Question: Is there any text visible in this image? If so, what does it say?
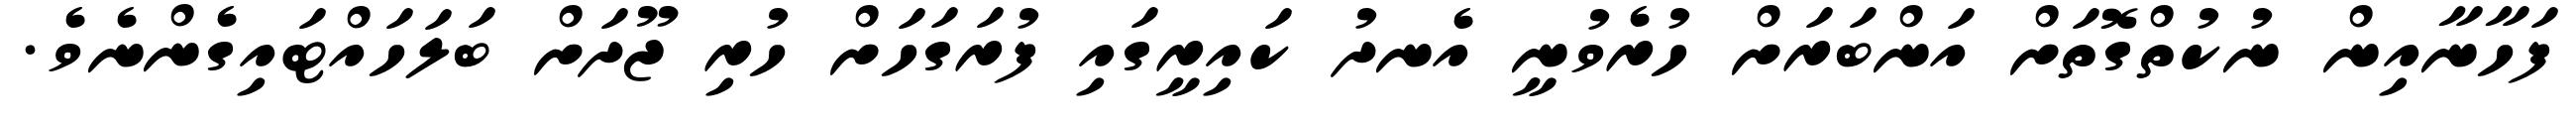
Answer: ފަހާނާއިން ނުކުތްގޮތަށް އަންބަރަށް ހުރެވުނީ އެނދު ކައިރީގައި ފުރަގަހަށް ހުރި ޖޫދަށް ބަލަހައްޓައިގެންނެވެ.